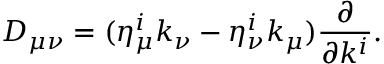
D _ { \mu \nu } = ( \eta _ { \mu } ^ { i } k _ { \nu } - \eta _ { \nu } ^ { i } k _ { \mu } ) { \frac { \partial } { \partial k ^ { i } } } .